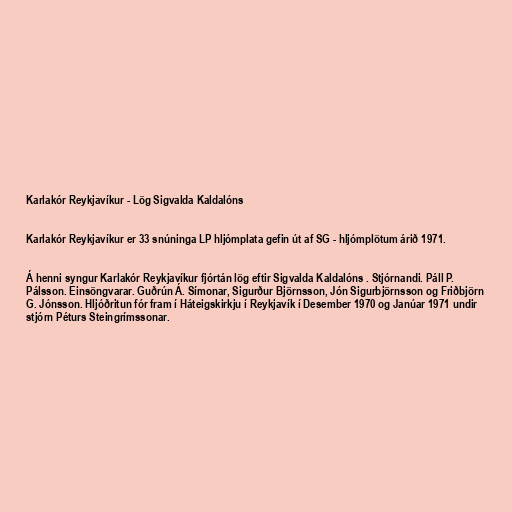
Karlakór Reykjavíkur - Lög Sigvalda Kaldalóns

Karlakór Reykjavíkur er 33 snúninga LP hljómplata gefin út af SG - hljómplötum árið 1971.

Á henni syngur Karlakór Reykjavíkur fjórtán lög eftir Sigvalda Kaldalóns . Stjórnandi. Páll P.
Pálsson. Einsöngvarar. Guðrún Á. Símonar, Sigurður Björnsson, Jón Sigurbjörnsson og Friðbjörn
G. Jónsson. Hljóðritun fór fram í Háteigskirkju í Reykjavík í Desember 1970 og Janúar 1971 undir
stjórn Péturs Steingrímssonar.